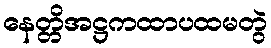
နေတ္တိအဋ္ဌကထာပထမတွဲ